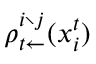
\rho _ { t \leftarrow } ^ { i \setminus j } ( x _ { i } ^ { t } )